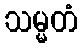
သမ္မတံ